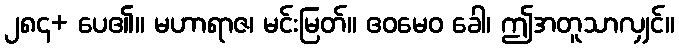
၂၈၄+ ပေ၏။ မဟာရာဇ၊ မင်းမြတ်။ ဧဝမေဝ ခေါ၊ ဤအတူသာလျှင်။